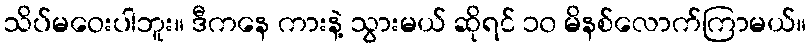
သိပ်မဝေးပါဘူး။ ဒီကနေ ကားနဲ့ သွားမယ် ဆိုရင် ၁၀ မိနစ်လောက်ကြာမယ်။